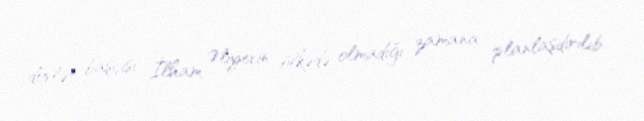
dövlət başçısı İlham Əliyevin ölkədə olmadığı zamana planlaşdırılıb.